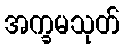
အက္ခမသုတ်